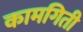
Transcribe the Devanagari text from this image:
कामगिती